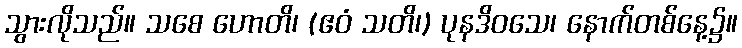
သွားလိုသည်။ သစေ ဟောတိ၊ (ဧဝံ သတိ၊) ပုနဒိဝသေ၊ နောက်တစ်နေ့၌။